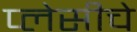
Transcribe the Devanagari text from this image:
प्लेसीचे